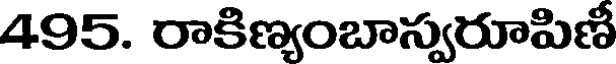
495. రాకిణ్యంబాస్వరూపిణీ